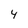
Character: 4